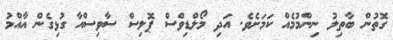
ގޮތުން ބާތިލު ނިންމުމެއް ކަމަށެވެ. އަދި މޯލްޑިވްސް ޕޮލިސް ސާވިސްއާ ގުޅިގެން އާއްމު